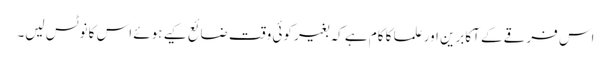
اس فرقے کے آکابرین اور علما کا کام ہے کہ بغیر کوئی وقت ضائع کیے ہوئے اس کا نوٹس لیں۔